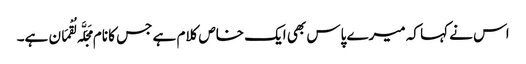
اس نے کہا کہ میرے پاس بھی ایک خاص کلام ہے جس کا نام مَجَلَّہ لُقْمَان ہے۔